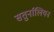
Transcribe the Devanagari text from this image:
सतुर्नालियन